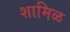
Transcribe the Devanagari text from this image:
शामिळ